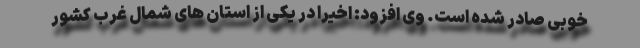
خوبی صادر شده است. وی افزود: اخیرا در یکی از استان های شمال غرب کشور